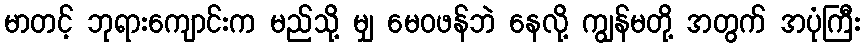
မာတင့် ဘုရားကျောင်းက မည်သို့ မျှ မေဝဖန်ဘဲ နေလို့ ကျွန်မတို့ အတွက် အပုံကြီး